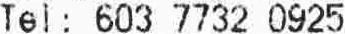
TEL: 603 7732 0925